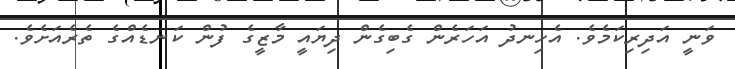
ވަނީ އަދިރިކަމެވެ. އެހިނދު އަހަރެން ގެބިގެން ދިޔައީ މާޒީގެ ފުން ކަނޑެއްގެ ތެރެއަށެވެ.